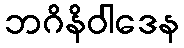
ဘဂိနိဝါဒေန